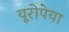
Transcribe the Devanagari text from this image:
यूरोपेया